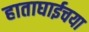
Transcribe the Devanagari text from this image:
हाताघाईचया